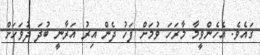
ގައެވެ. އެހެންވީމާ މާރަހަ ވުމަށް ފަހު ދެން އިރު އަރާނީ ބުދަ ދުވަހަށް